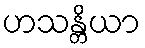
ဟသန္တိယာ